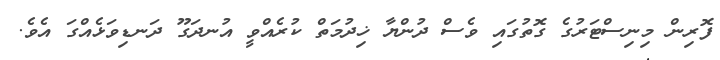
ފޮރިން މިނިސްޓަރުގެ ގޮތުގައި ވެސް ދުންޔާ ޚިދުމަތް ކުރެއްވީ އުނދަގޫ ދަނޑިވަޅެއްގަ އެވެ.